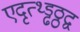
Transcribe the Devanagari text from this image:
एदृत्थ्ड्ढठ्ठद्व